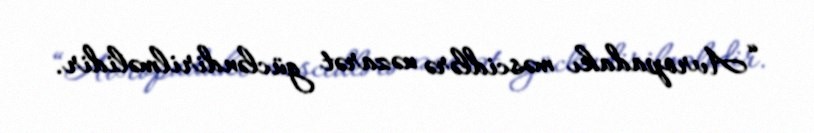
“Avropadakı məscidlərə nəzarət gücləndirilməlidir.